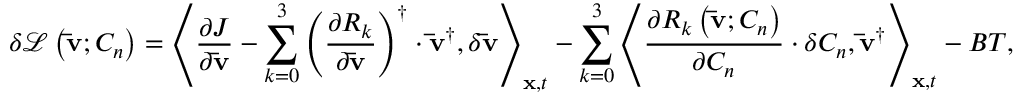
\delta \mathcal { L } \left( { { \bf { \bar { v } } } ; { C _ { n } } } \right) = { \left\langle { \frac { { \partial J } } { { \partial { \bf { \bar { v } } } } } - \sum _ { k = 0 } ^ { 3 } { { { \left( { \frac { { \partial { R _ { k } } } } { { \partial { \bf { \bar { v } } } } } } \right) } ^ { \dag } } \cdot { { { \bf { \bar { v } } } } ^ { \dag } } } , \delta { \bf { \bar { v } } } } \right\rangle _ { { \bf { x } } , t } } - \sum _ { k = 0 } ^ { 3 } { { { \left\langle { \frac { { \partial { R _ { k } } \left( { { \bf { \bar { v } } } ; { C _ { n } } } \right) } } { { \partial { C _ { n } } } } \cdot \delta { C _ { n } } , { { { \bf { \bar { v } } } } ^ { \dag } } } \right\rangle } _ { { \bf { x } } , t } } } - B T ,